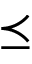
\preceq